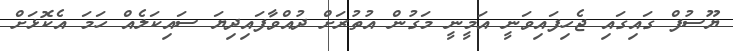
ޔޫސުފް ގައިގައި ޖެހިފައިވަނީ އަމީނީ މަގުން އުތުރަށް ދުއްވާފައިދިޔަ ސައިކަލެއް ހަމަ އެކޮޅަށް